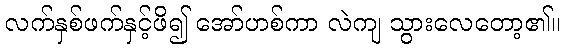
လက်နှစ်ဖက်နှင့်ဖိ၍ အော်ဟစ်ကာ လဲကျ သွားလေတော့၏။